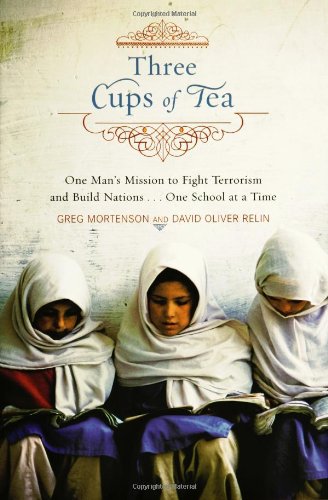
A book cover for Three Cups of Tea: One Man's Mission to Promote Peace...One School at a Time; Greg Mortenson; Biographies & Memoirs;